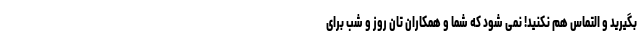
بگیرید و التماس هم نکنید! نمی شود که شما و همکاران تان روز و شب برای